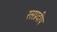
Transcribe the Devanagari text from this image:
रसप्रदीप